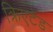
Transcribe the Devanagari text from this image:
क्रिएटेड